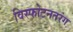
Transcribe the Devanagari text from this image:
विस्फोटनतरंग